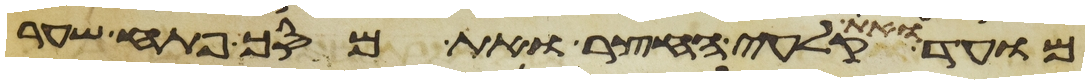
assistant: מועד ואת קלעי החצר ואת מסך פתח שער